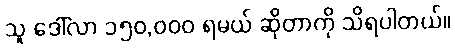
သူ ဒေါ်လာ ၁၅၀,၀၀၀ ရမယ် ဆိုတာကို သိရပါတယ်။